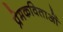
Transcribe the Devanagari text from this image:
प्रेमकविताओं